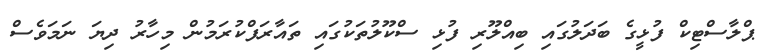
ޕްލާސްޓިކް ފުޅީގެ ބަދަލުގައި ބިއްލޫރި ފުޅި ސްކޫލުތަކުގައި ތައާރަފްކުރަމުން މިހާރު ދިޔަ ނަމަވެސް